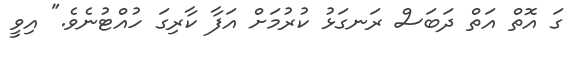
ގަ އޮތް އަތް ދަބަސް ރަނގަޅު ކުރުމަށް އަފާ ކާރިގަ ހުއްޓުނެވެ." އިވީ